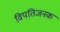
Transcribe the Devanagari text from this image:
विपतिजनक